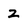
Character: 2